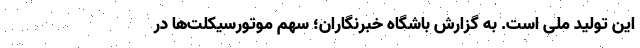
این تولید ملی است. به گزارش باشگاه خبرنگاران؛ سهم موتورسیکلت‌ها در